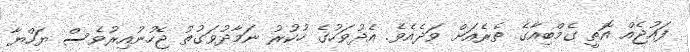
ފައުޖެއް އޮތީ ގެމްބިއާގެ ތެރެއަށް ވަދެއެވެ. އެދުވަހުގެ ހުކުރު ނަމާދުވަގުތު ޖެހުނުއިރުވެސް ޔަހްޔާ